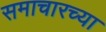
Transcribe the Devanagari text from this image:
समाचारच्या